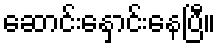
ဆောင်းနှောင်းနေပြီ။